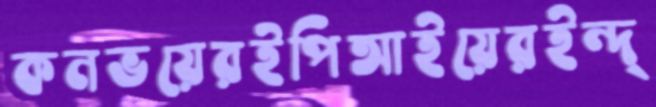
কনভয়েরইপিআইয়েরইন্দ্